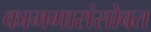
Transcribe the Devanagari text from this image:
कामगारांसोबत